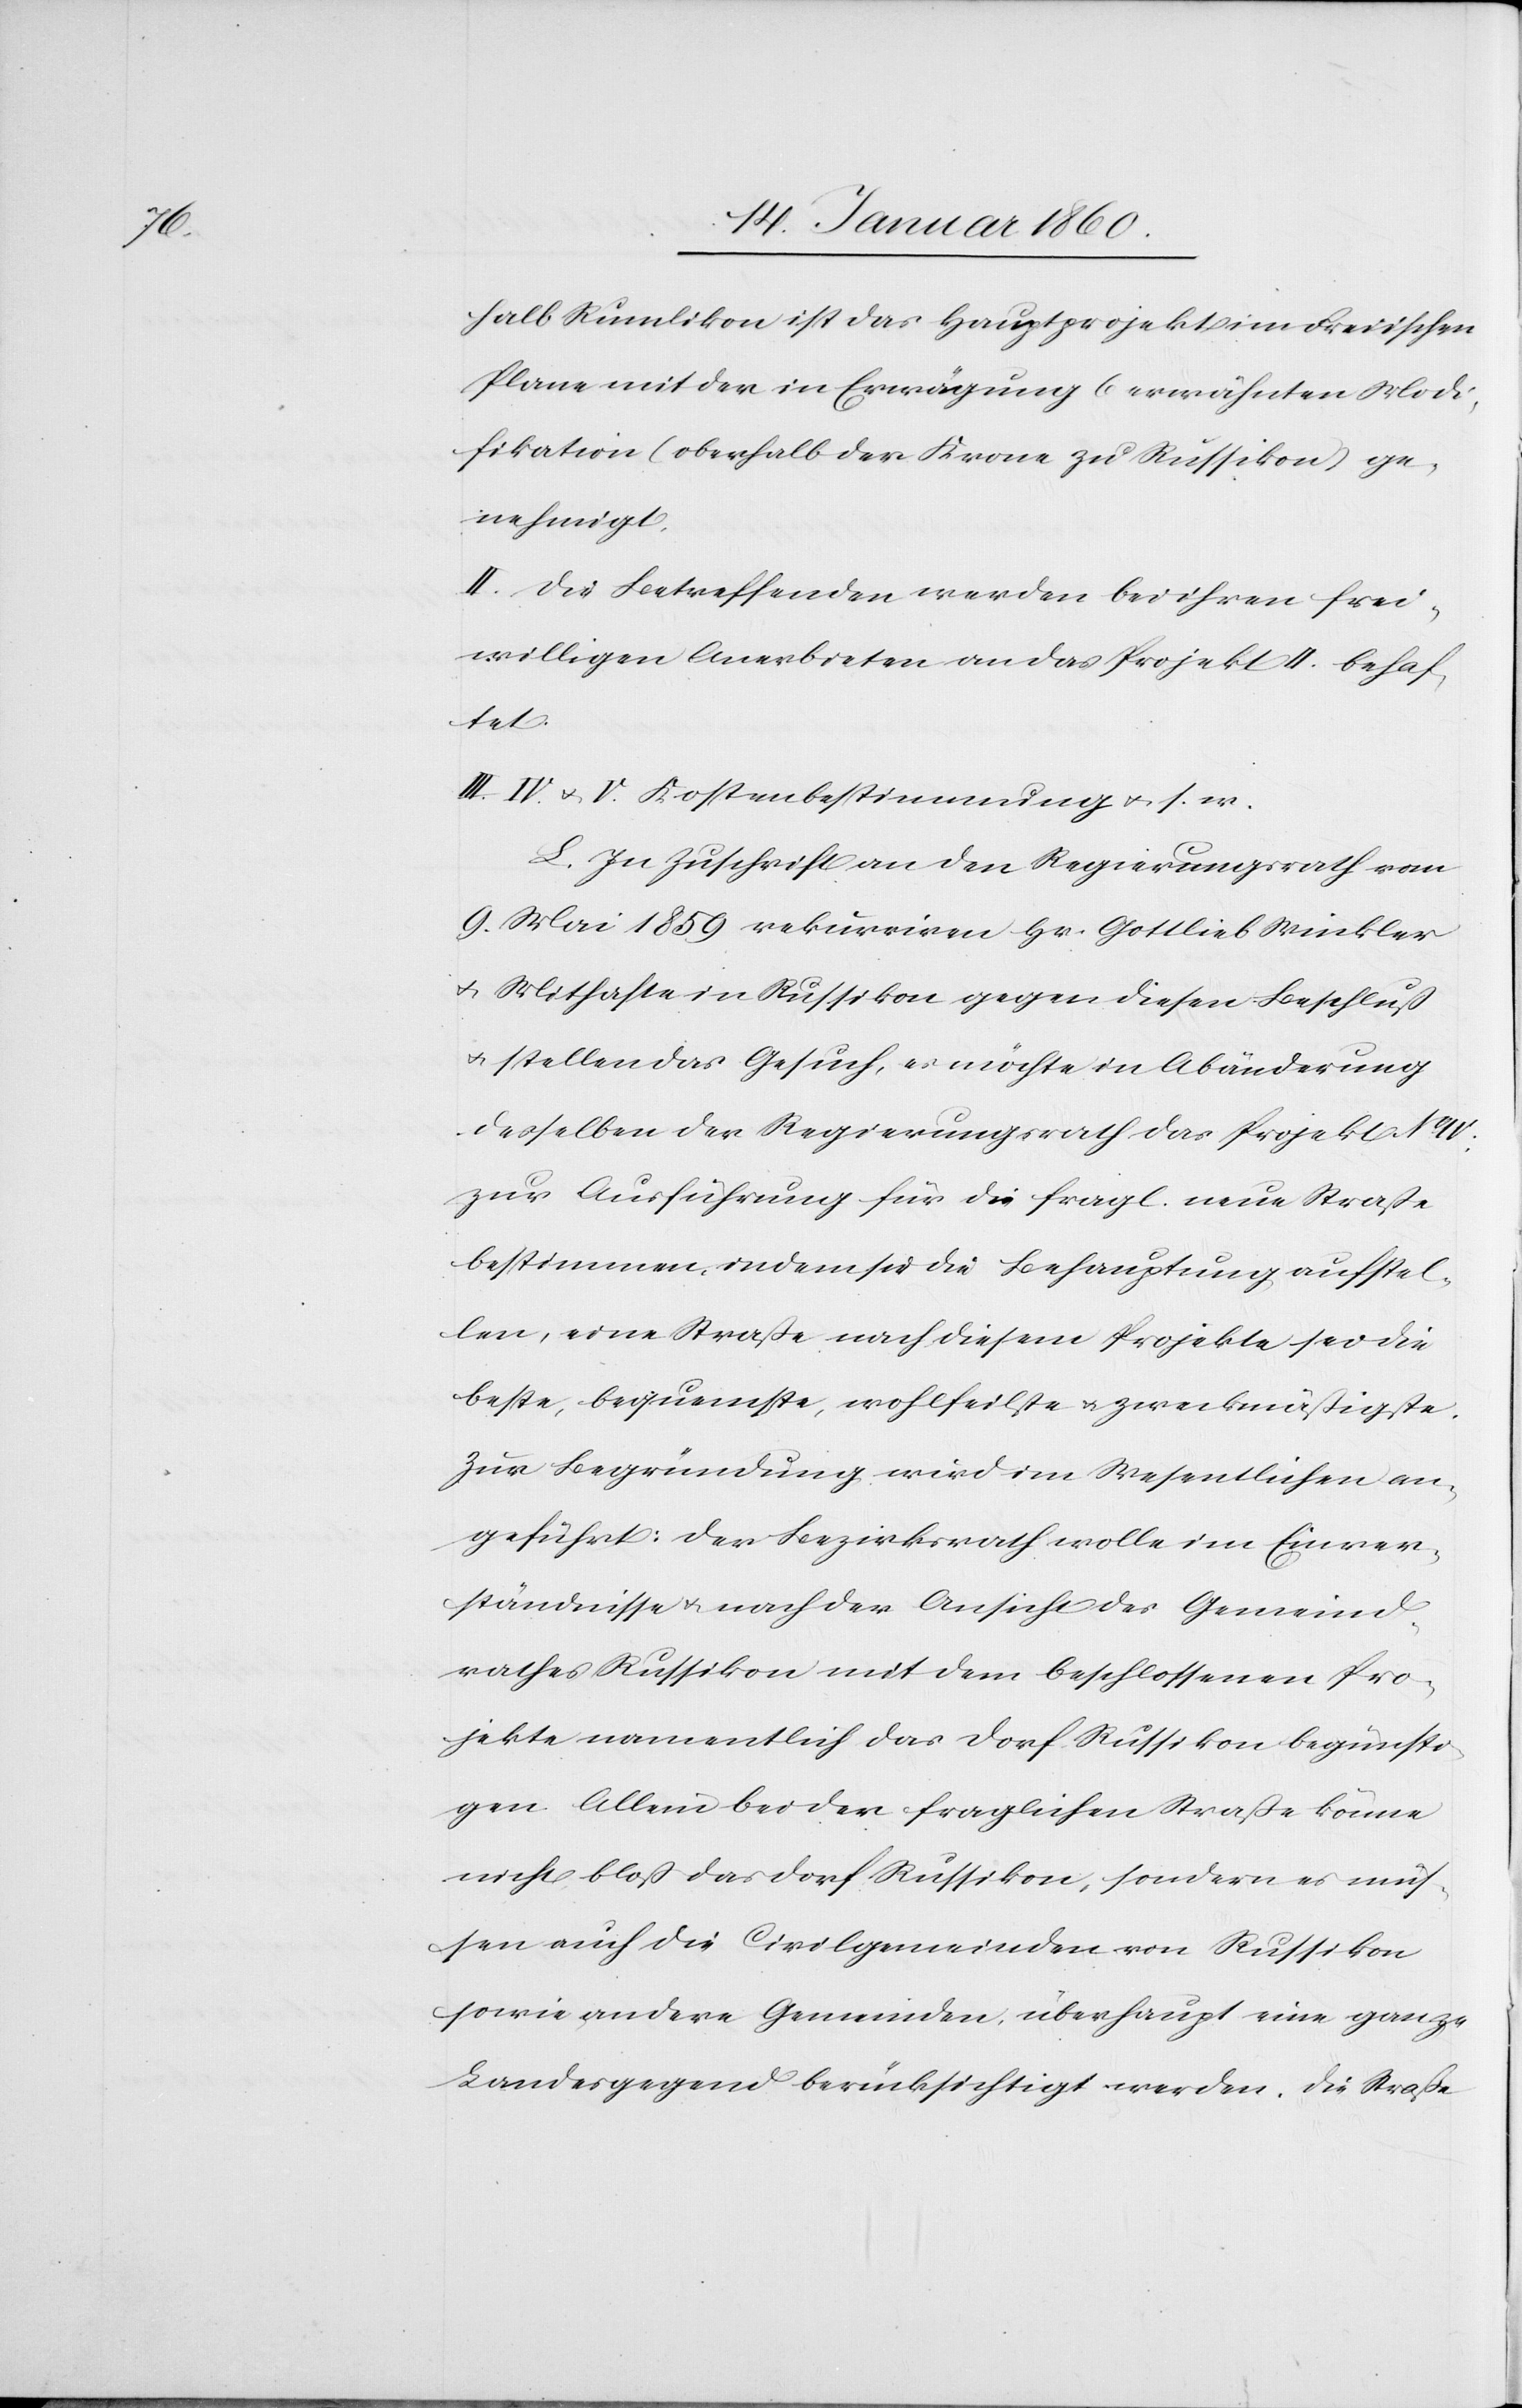
halb Rumlikon ist das Hauptprojekt im Freiischen
Plane mit der in Erwägung 6 erwähnten Modi¬
fikation (oberhalb der Krone zu Russikon) ge¬
nehmigt.
II. Die Betreffenden werden bei ihren frei¬
willigen Anerbieten an das Projekt II. behaf¬
tet.
II. IV. u. V. Kostenbestimmung u. s. w.
L. In Zuschrift an den Regierungsrath vom
9. Mai 1859 rekurriren Hr. Gottlieb Winkler
u. Mithafte in Russikon gegen diesen Beschluß
u. stellen das Gesuch, es möchte in Abänderung
derselben der Regierungsrath das Projekt No IV.
zur Ausführung für die fragl. neue Strasse
bestimmen, indem sie die Behauptung aufstel¬
len, eine Strasse nach diesem Projekte sei die
beste, bequemste, wohlfeilste u. zweckmässigste.
Zur Begründung wird im Wesentlichen an¬
geführt: der Bezirksrath wolle im Einver¬
ständnisse u. nach der Ansicht des Gemeind¬
rathes Russikon mit dem beschlossenen Pro¬
jekte namentlich das Dorf Russikon begünsti¬
gen. Allein bei der fraglichen Strasse könne
nicht bloß das Dorf Russikon, sondern es müs¬
sen auch die Civilgemeinden von Russikon
sowie andere Gemeinden, überhaupt eine ganze
Landesgegend berücksichtigt werden. Die Strasse